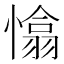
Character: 𢡁